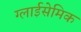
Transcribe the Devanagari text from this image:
ग्लाईसेमिक